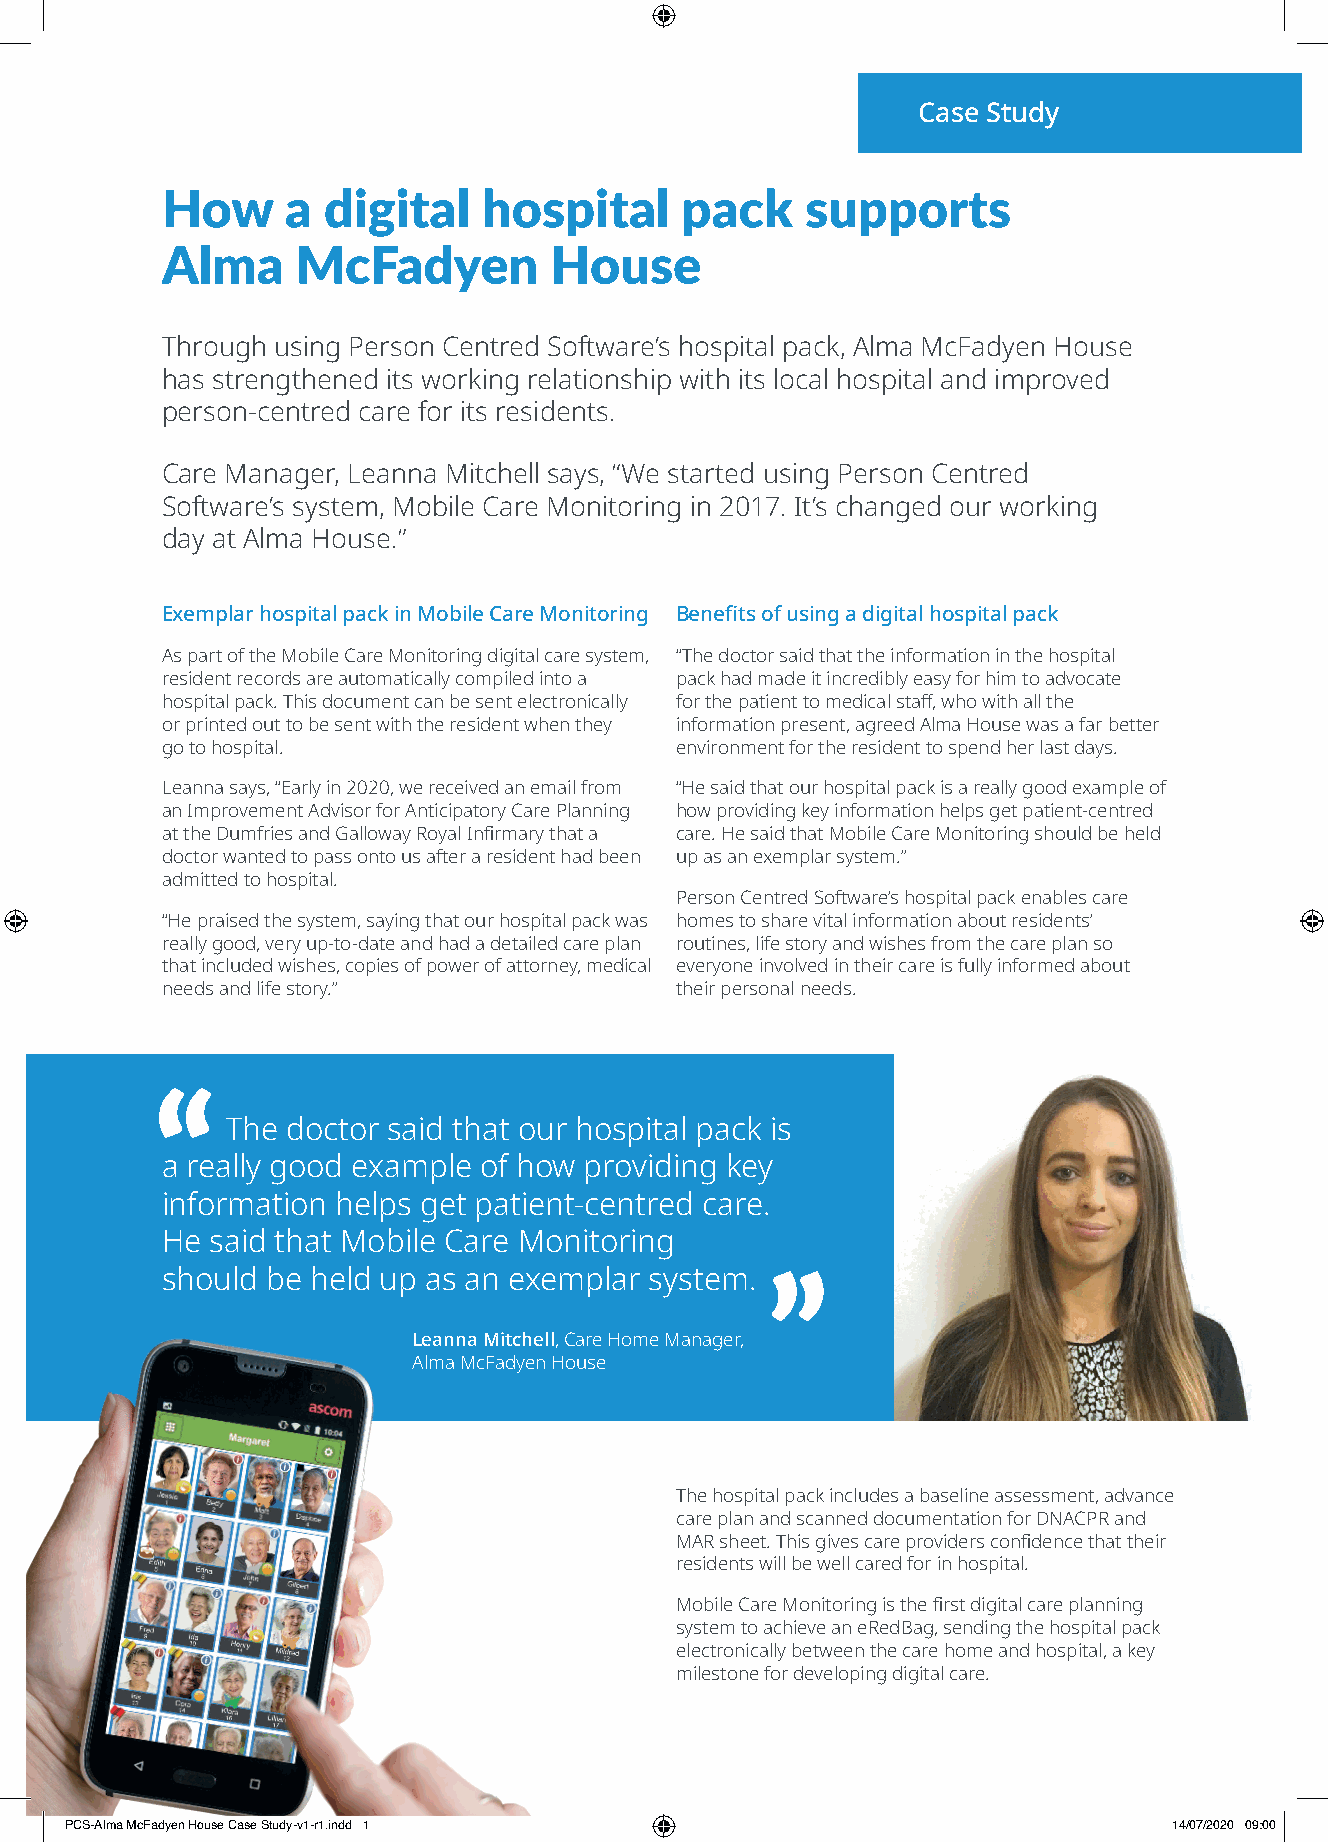
Case Study
 How     a digital    hospital     pack    supports
 Alma     McFadyen        House
 Through using Person Centred Software’s hospital pack, Alma McFadyen House
 has strengthened its working relationship with its local hospital and improved
 person-centred care for its residents.
 Care Manager, Leanna Mitchell says, “We started using Person Centred
 Software’s system, Mobile Care Monitoring in 2017. It’s changed our working
 day at Alma House.”
 Exemplar hospital pack in Mobile Care Monitoring Benefits of using a digital hospital pack
 As part of the Mobile Care Monitoring digital care system, “The doctor said that the information in the hospital
 resident records are automatically compiled into a pack had made it incredibly easy for him to advocate
 hospital pack. This document can be sent electronically for the patient to medical staff, who with all the
 or printed out to be sent with the resident when they information present, agreed Alma House was a far better
 go to hospital.                   environment for the resident to spend her last days.
 Leanna says, “Early in 2020, we received an email from “He said that our hospital pack is a really good example of
 an Improvement Advisor for Anticipatory Care Planning how providing key information helps get patient-centred
 at the Dumfries and Galloway Royal Infirmary that a care. He said that Mobile Care Monitoring should be held
 doctor wanted to pass onto us after a resident had been up as an exemplar system.”
 admitted to hospital.
 Person Centred Software’s hospital pack enables care
 “He praised the system, saying that our hospital pack was homes to share vital information about residents’
 really good, very up-to-date and had a detailed care plan routines, life story and wishes from the care plan so
 that included wishes, copies of power of attorney, medical everyone involved in their care is fully informed about
 needs and life story.”            their personal needs.
 The doctor said that our hospital pack is
 a really good example of how providing key
 information helps get patient-centred care.
 He said that Mobile Care Monitoring
 should be held up as an exemplar system.
 Leanna Mitchell, Care Home Manager,
 Alma McFadyen House
 The hospital pack includes a baseline assessment, advance
 care plan and scanned documentation for DNACPR and
 MAR sheet. This gives care providers confidence that their
 residents will be well cared for in hospital.
 Mobile Care Monitoring is the first digital care planning
 system to achieve an eRedBag, sending the hospital pack
 electronically between the care home and hospital, a key
 milestone for developing digital care.
 PPCCSS--AAllmmaa MMccFFaaddyyeenn HHoouussee CCaassee SSttuuddyy--vv11--rr11..iinndddd 11 1144//0077//22002200 0099::0000